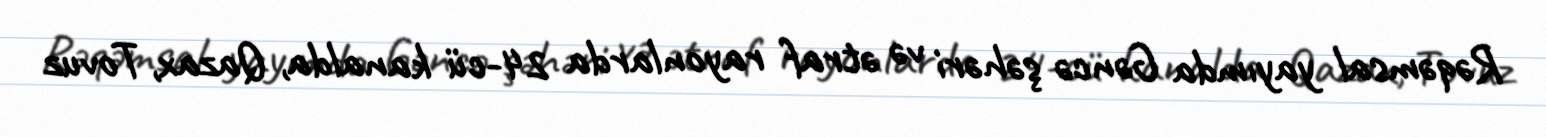
Rəqəmsal yayımda Gəncə şəhəri və ətraf rayonlarda 24-cü kanalda, Qazax, Tovuz